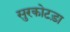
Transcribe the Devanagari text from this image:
सुरकोटड़ा